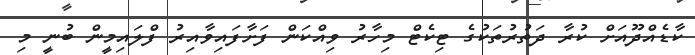
ކާޑެއްދޫއަށް ކުރާ ދަތުރުތަކުގެ ޓިކެޓް މިހާރު ވިއްކަން ފަށާފައިވާއިރު ފްލައިމީން ބުނީ މި